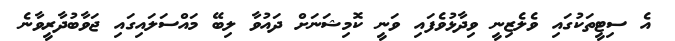
އެ ސިޓީތަކުގައި ވެލެޒިނީ ވިދާޅުވެފައި ވަނީ ކޮމިޝަނަށް ދައުވާ ލިބޭ މައްސަލައިގައި ޖަވާބުދާރީވާނެ